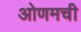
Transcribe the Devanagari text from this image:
ओणमची